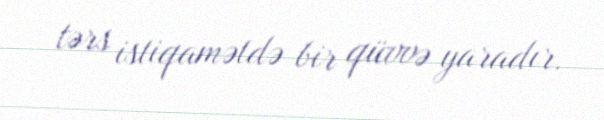
tərs istiqamətdə bir qüvvə yaradır.